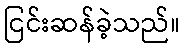
ငြင်းဆန်ခဲ့သည်။